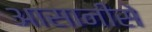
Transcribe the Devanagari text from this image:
आसानीसे